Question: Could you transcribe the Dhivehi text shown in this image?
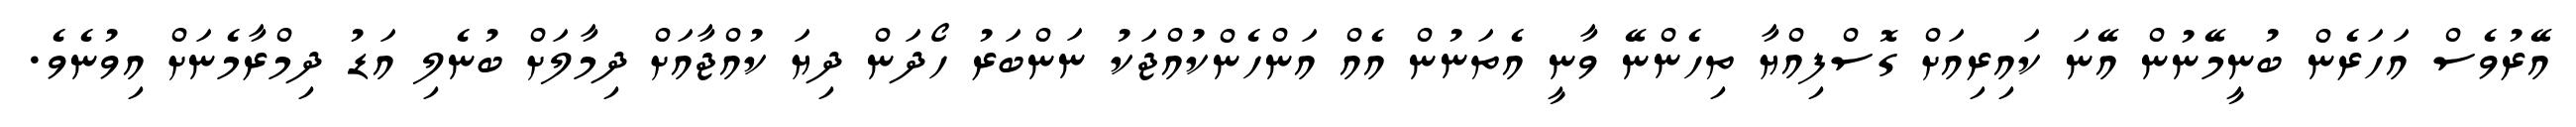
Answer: އޭރުވެސް އަހަރެން ބުނީމޭނުން އޭނަ ކައިރިއަށް ގޮސްފިއްޔާ ތިހެންނޭ ވާނީ އެތަނުން އެއް އަންހެންކުއްޖަކު ނަންބަރު ހޯދަން ދިޔަ ކުއްޖާއަށް ދިމާލަށް ބުނެލި އަޑު ދިމްރާމެނަށް އިވުނެވެ.